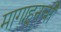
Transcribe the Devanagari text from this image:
मागाहूनची